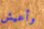
وأعيش